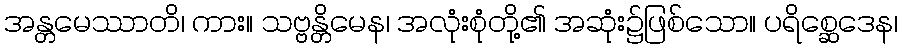
အန္တမေဿာတိ၊ ကား။ သဗ္ဗန္တိမေန၊ အလုံးစုံတို့၏ အဆုံး၌ဖြစ်သော။ ပရိစ္ဆေဒေန၊